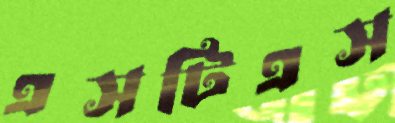
এসটিএস